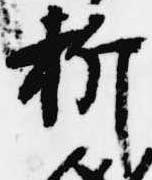
折